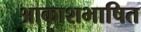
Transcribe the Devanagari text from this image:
आकाशभाषित